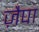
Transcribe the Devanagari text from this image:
ज़ैपा